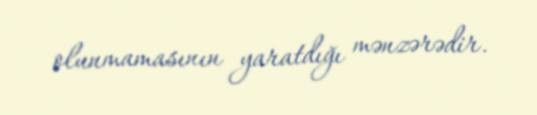
olunmamasının yaratdığı mənzərədir.